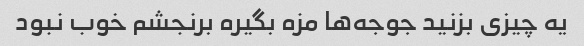
یه چیزی بزنید جوجه‌ها مزه بگیره برنجشم خوب نبود